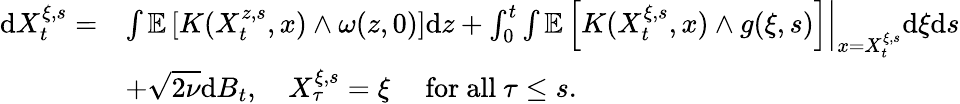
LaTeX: \begin{array}{rl}{\mathrm{d}X_{t}^{\xi,s}=}&{\left.\int\mathbb{E}\left[K(X_{t}^{z,s},x)\wedge\omega(z,0)\right]\mathrm{d}z+\int_{0}^{t}\int\mathbb{E}\left[K(X_{t}^{\xi,s},x)\wedge g(\xi,s)\right]\right|_{x=X_{t}^{\xi,s}}\mathrm{d}\xi\mathrm{d}s}\\ &{+\sqrt{2\nu}\mathrm{d}B_{t},\quad X_{\tau}^{\xi,s}=\xi\quad\mathrm{~for~all~}\tau\leq s.}\end{array}